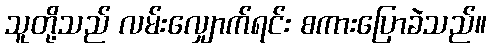
သူတို့သည် လမ်းလျှောက်ရင်း စကားပြောခဲသည်။